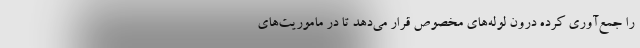
را جمع‌آوری کرده درون لوله‌های مخصوص قرار می‌دهد تا در ماموریت‌های